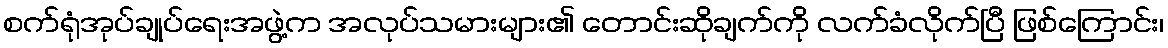
စက်ရုံအုပ်ချုပ်ရေးအဖွဲ့က အလုပ်သမားများ၏ တောင်းဆိုချက်ကို လက်ခံလိုက်ပြီ ဖြစ်ကြောင်း၊